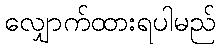
လျှောက်ထားရပါမည်